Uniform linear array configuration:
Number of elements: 64
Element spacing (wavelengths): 1
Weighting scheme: hann
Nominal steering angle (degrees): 15
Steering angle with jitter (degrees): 15.878
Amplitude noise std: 0.05
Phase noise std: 0.05

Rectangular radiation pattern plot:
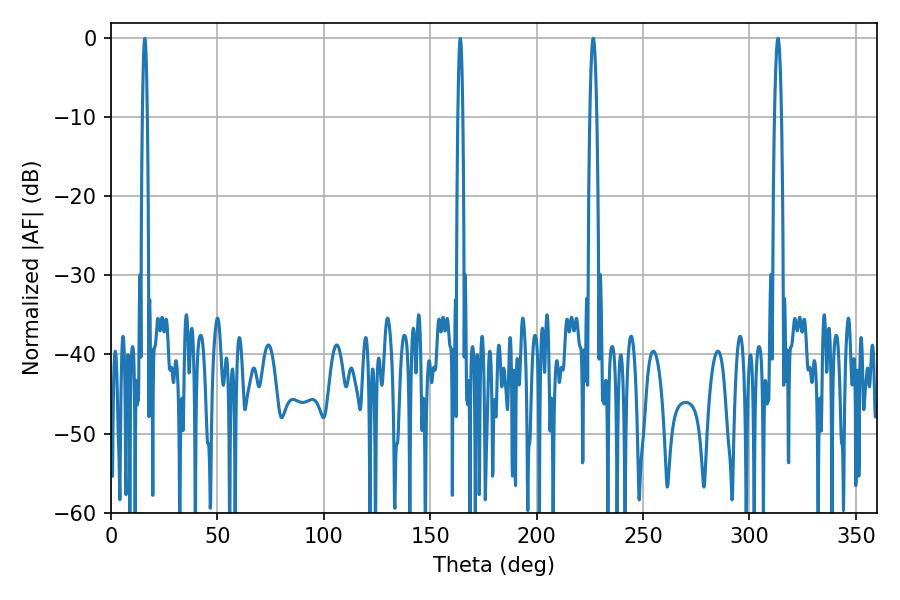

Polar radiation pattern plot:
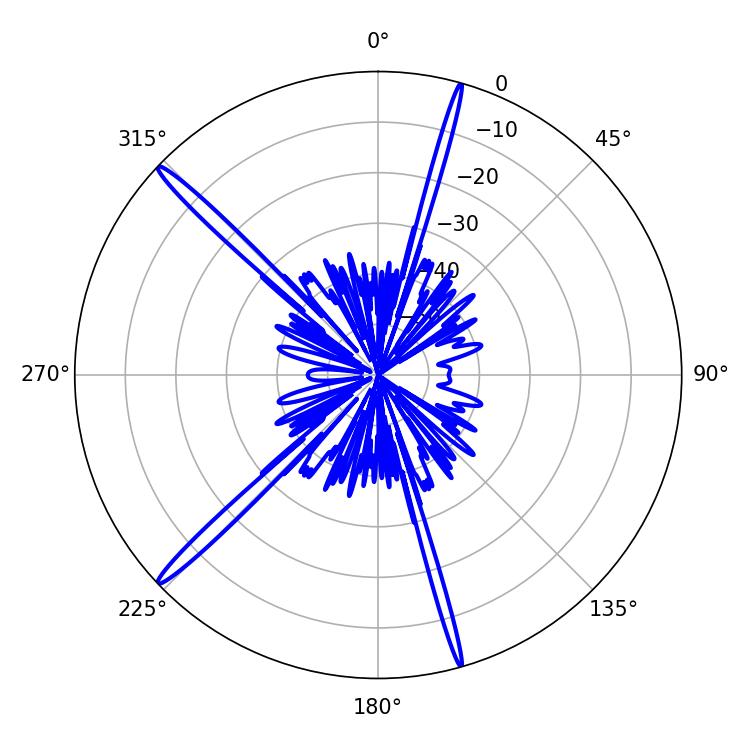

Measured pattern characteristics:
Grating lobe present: TRUE
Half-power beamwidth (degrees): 1.8
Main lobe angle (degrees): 313.38